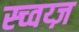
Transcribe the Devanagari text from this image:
स्च्वय्ज़